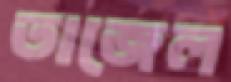
তাজেল